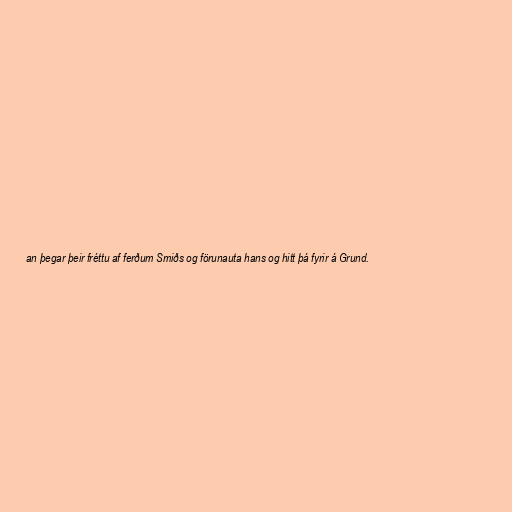
an þegar þeir fréttu af ferðum Smiðs og förunauta hans og hitt þá fyrir á Grund.